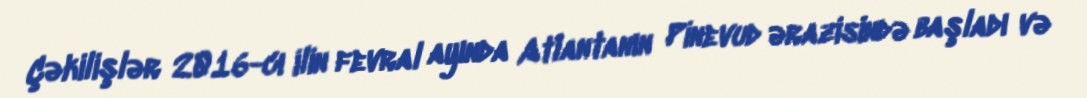
Çəkilişlər 2016-cı ilin fevral ayında Atlantanın Pinevud ərazisində başladı və